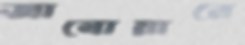
জানোয়ারে